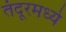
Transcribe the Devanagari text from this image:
तंदूरमध्ये